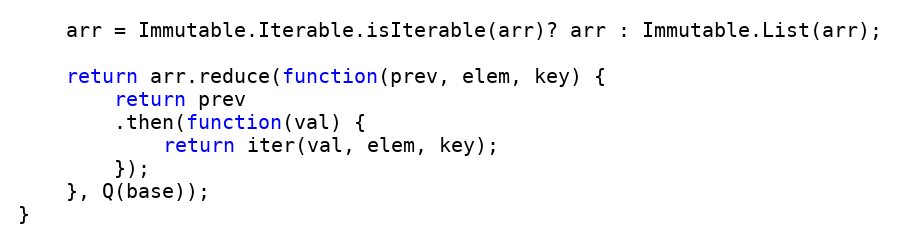
Language: JavaScript
    arr = Immutable.Iterable.isIterable(arr)? arr : Immutable.List(arr);

    return arr.reduce(function(prev, elem, key) {
        return prev
        .then(function(val) {
            return iter(val, elem, key);
        });
    }, Q(base));
}